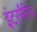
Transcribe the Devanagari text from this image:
इंटरमैरिज